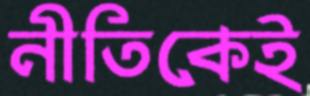
নীতিকেই